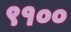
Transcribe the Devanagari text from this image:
९१००